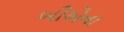
બીએના